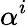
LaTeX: \alpha^{i}